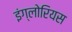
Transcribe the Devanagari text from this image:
इंग्लोरियस